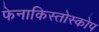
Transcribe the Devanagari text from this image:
फेनाकिस्तोस्कोप